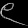
Digit: ၉